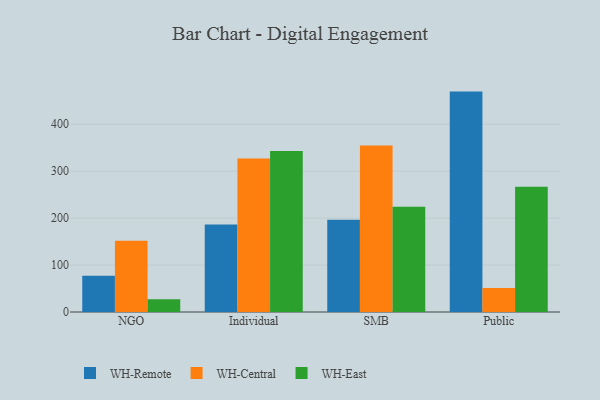
{"axis": {"x": "Segment", "y": "Demand Index"}, "legend": ["WH-Central", "WH-East", "WH-Remote"], "data": [{"x": "NGO", "y": 77.3, "type": "WH-Remote"}, {"x": "NGO", "y": 151.9, "type": "WH-Central"}, {"x": "NGO", "y": 27.2, "type": "WH-East"}, {"x": "Individual", "y": 186.4, "type": "WH-Remote"}, {"x": "Individual", "y": 326.9, "type": "WH-Central"}, {"x": "Individual", "y": 343.3, "type": "WH-East"}, {"x": "SMB", "y": 196.5, "type": "WH-Remote"}, {"x": "SMB", "y": 354.7, "type": "WH-Central"}, {"x": "SMB", "y": 224.4, "type": "WH-East"}, {"x": "Public", "y": 469.6, "type": "WH-Remote"}, {"x": "Public", "y": 51.3, "type": "WH-Central"}, {"x": "Public", "y": 266.8, "type": "WH-East"}]}